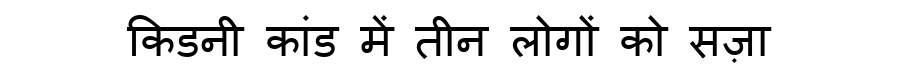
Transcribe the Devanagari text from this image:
किडनी कांड में तीन लोगों को सज़ा